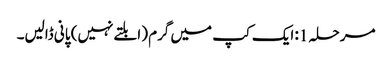
مرحلہ 1: ایک کپ میں گرم (ابلتے نہیں) پانی ڈالیں۔